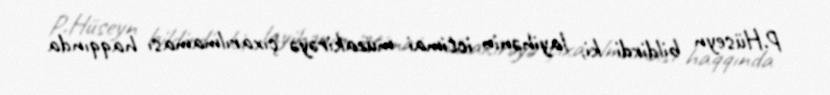
P.Hüseyn bildirdi ki, layihənin ictimai müzakirəyə çıxarılmaması haqqında